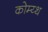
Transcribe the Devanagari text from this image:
कोम्य्थ